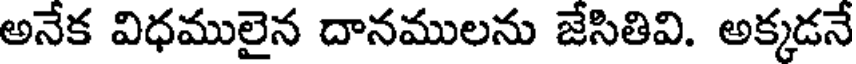
అనేక విధములైన దానములను జేసితివి. అక్కడనే